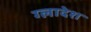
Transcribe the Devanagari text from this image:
ग्लादेश